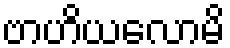
ဗာဟိယလောမိ